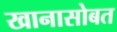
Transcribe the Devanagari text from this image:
खानासोबत